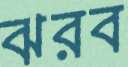
ঝরব